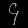
Digit: ၄